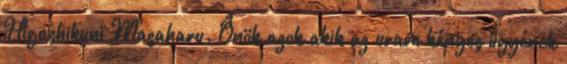
Higashikuni Masaharu. Önök azok akik az uram kényes ügyének